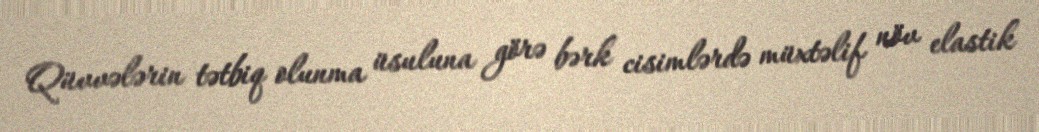
Qüvvələrin tətbiq olunma üsuluna görə bərk cisimlərdə müxtəlif növ elastik